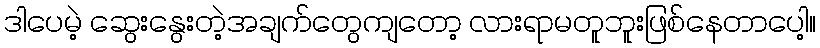
ဒါပေမဲ့ ဆွေးနွေးတဲ့အချက်တွေကျတော့ လားရာမတူဘူးဖြစ်နေတာပေါ့။